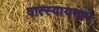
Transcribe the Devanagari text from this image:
वात्स्यायनाने